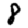
Digit: 8